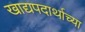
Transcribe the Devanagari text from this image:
खाद्यपदार्थाच्या